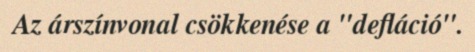
Az árszínvonal csökkenése a "defláció".